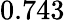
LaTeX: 0.743